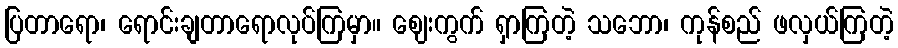
ပြတာရော၊ ရောင်းချတာရောလုပ်ကြမှာ။ ဈေးကွက် ရှာကြတဲ့ သဘော၊ ကုန်စည် ဖလှယ်ကြတဲ့